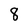
Character: 8